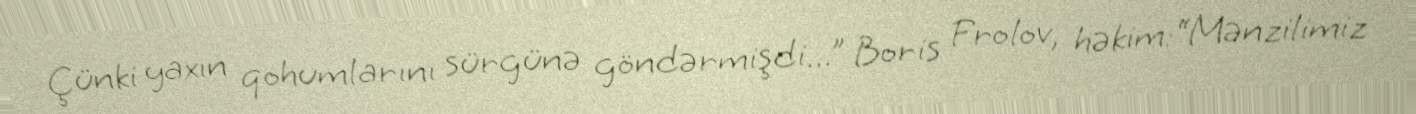
Çünki yaxın qohumlarını sürgünə göndərmişdi...” Boris Frolov, həkim:“Mənzilimiz